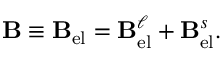
\mathbf { B } \equiv \mathbf { B } _ { \mathrm { e l } } = \mathbf { B } _ { \mathrm { e l } } ^ { \ell } + \mathbf { B } _ { \mathrm { e l } } ^ { s } .